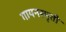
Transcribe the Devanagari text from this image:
गायनस्मृती